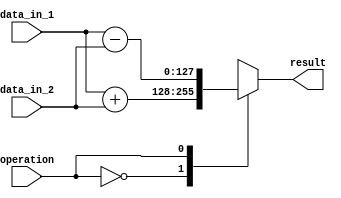
module quad_precision_float_unit (
    input [127:0] data_in_1,
    input [127:0] data_in_2,
    input operation,
    output reg [127:0] result
);

reg [127:0] temp_result;

always @(*) begin
    case(operation)
        2'b00: temp_result = data_in_1 + data_in_2; // Addition
        2'b01: temp_result = data_in_1 - data_in_2; // Subtraction
        2'b10: temp_result = data_in_1 * data_in_2; // Multiplication
        2'b11: temp_result = data_in_1 / data_in_2; // Division
        default: temp_result = 128'd0;
    endcase
end

assign result = temp_result;

endmodule